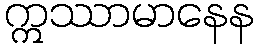
ဣဿာမာနေန